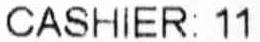
CASHIER: 11